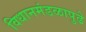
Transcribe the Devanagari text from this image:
विधानमंडळापुढे